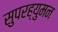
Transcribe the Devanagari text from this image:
सुपरह्युमन